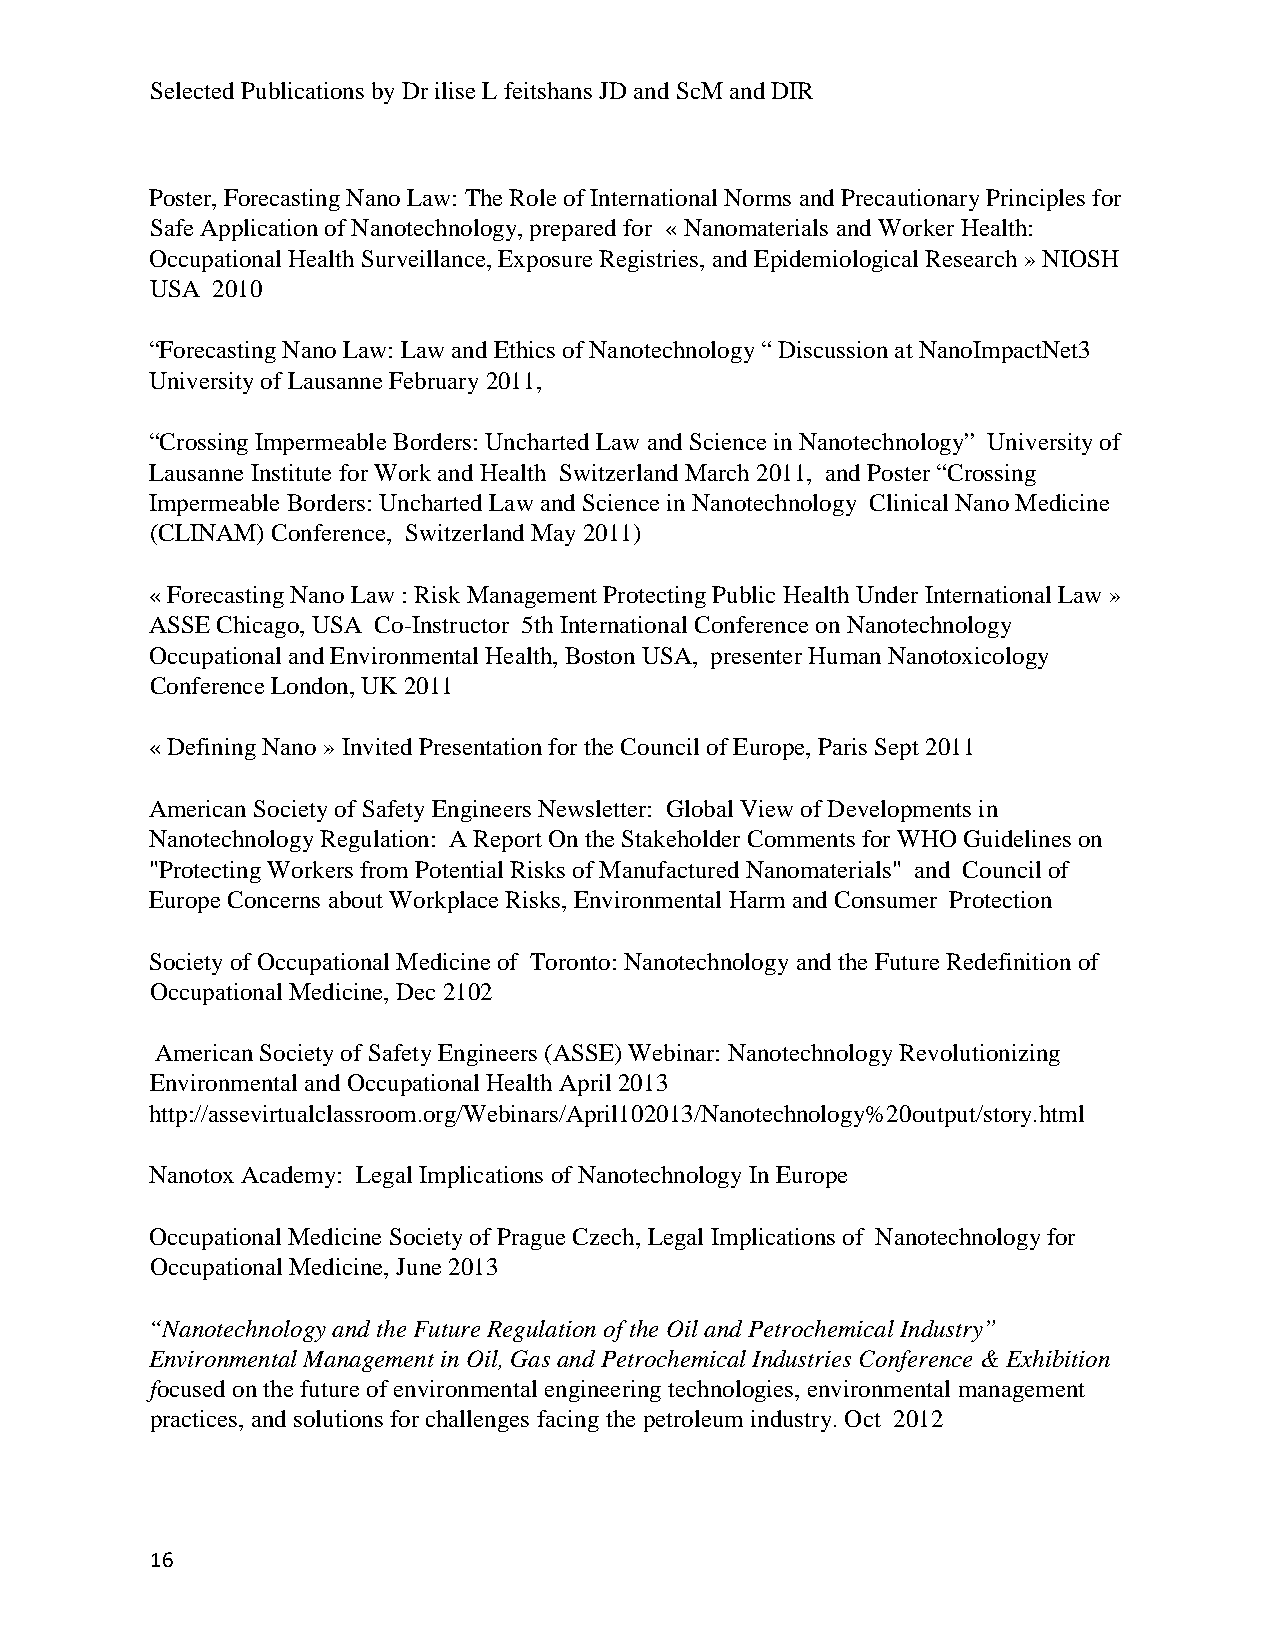
Selected Publications by Dr ilise L feitshans JD and ScM and DIR
 Poster, Forecasting Nano Law: The Role of International Norms and Precautionary Principles for
 Safe Application of Nanotechnology, prepared for « Nanomaterials and Worker Health:
 Occupational Health Surveillance, Exposure Registries, and Epidemiological Research » NIOSH
 USA 2010
 “Forecasting Nano Law: Law and Ethics of Nanotechnology “ Discussion at NanoImpactNet3
 University of Lausanne February 2011,
 “Crossing Impermeable Borders: Uncharted Law and Science in Nanotechnology” University of
 Lausanne Institute for Work and Health Switzerland March 2011, and Poster “Crossing
 Impermeable Borders: Uncharted Law and Science in Nanotechnology Clinical Nano Medicine
 (CLINAM) Conference, Switzerland May 2011)
 « Forecasting Nano Law : Risk Management Protecting Public Health Under International Law »
 ASSE Chicago, USA Co-Instructor 5th International Conference on Nanotechnology
 Occupational and Environmental Health, Boston USA, presenter Human Nanotoxicology
 Conference London, UK 2011
 « Defining Nano » Invited Presentation for the Council of Europe, Paris Sept 2011
 American Society of Safety Engineers Newsletter: Global View of Developments in
 Nanotechnology Regulation: A Report On the Stakeholder Comments for WHO Guidelines on
 "Protecting Workers from Potential Risks of Manufactured Nanomaterials" and Council of
 Europe Concerns about Workplace Risks, Environmental Harm and Consumer Protection
 Society of Occupational Medicine of Toronto: Nanotechnology and the Future Redefinition of
 Occupational Medicine, Dec 2102
 American Society of Safety Engineers (ASSE) Webinar: Nanotechnology Revolutionizing
 Environmental and Occupational Health April 2013
 http://assevirtualclassroom.org/Webinars/April102013/Nanotechnology%20output/story.html
 Nanotox Academy: Legal Implications of Nanotechnology In Europe
 Occupational Medicine Society of Prague Czech, Legal Implications of Nanotechnology for
 Occupational Medicine, June 2013
 “Nanotechnology and the Future Regulation of the Oil and Petrochemical Industry”
 Environmental Management in Oil, Gas and Petrochemical Industries Conference & Exhibition
 focused on the future of environmental engineering technologies, environmental management
 practices, and solutions for challenges facing the petroleum industry. Oct 2012
 16